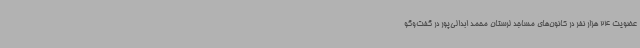
عضویت 24 هزار نفر در کانون‌های مساجد لرستان محمد ابدالی‌پور در گفت‌وگو